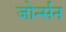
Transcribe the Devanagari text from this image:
जोर्न्सन